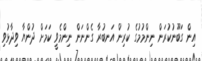
އިން ގަބޫނުކުރަން ނިންމުމުގެ ކުރިން އަނބުރާ ގެންނަން ނިންމެވީ ކަމަށް ދުންޔާ ވިދާޅުވި